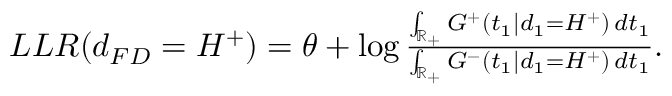
\begin{array} { r } { L L R ( d _ { F D } = H ^ { + } ) = \theta + \log \frac { \int _ { \mathbb { R } _ { + } } G ^ { + } ( t _ { 1 } | d _ { 1 } = H ^ { + } ) \, d t _ { 1 } } { \int _ { \mathbb { R } _ { + } } G ^ { - } ( t _ { 1 } | d _ { 1 } = H ^ { + } ) \, d t _ { 1 } } . } \end{array}